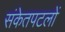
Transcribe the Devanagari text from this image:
संकेतपटलों